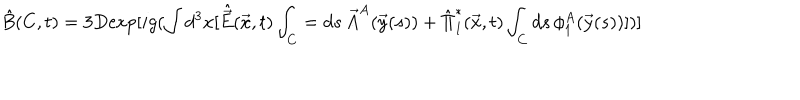
\hat { B } ( C , t ) = 3 D \mathrm { e x p } [ i g ( \int d ^ { 3 } x [ \hat { \vec { E } } ( \vec { x } , t ) \int _ { C } = d s \, { \vec { A } } ^ { A } ( \vec { y } ( s ) ) + { \hat { \Pi } } _ { 1 } ^ { * } ( \vec { x } , t ) \int _ { C } d s \, \phi _ { 1 } ^ { A } ( \vec { y } ( s ) ) ] ) ]